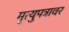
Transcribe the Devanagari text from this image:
मृत्युपत्रावर